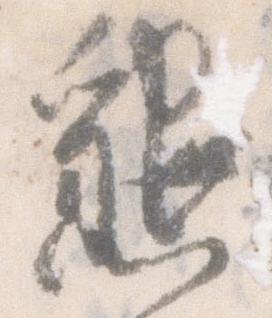
懇